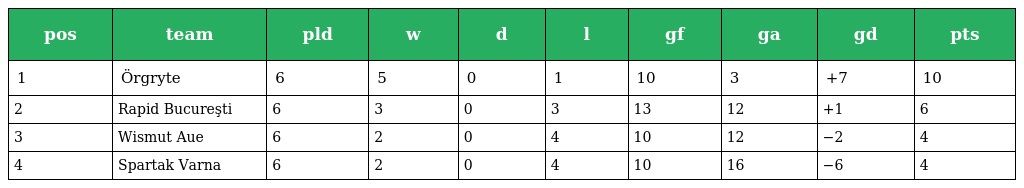
| pos | team | pld | w | d | l | gf | ga | gd | pts |
 | --- | --- | --- | --- | --- | --- | --- | --- | --- | --- |
 | 1 | Örgryte | 6 | 5 | 0 | 1 | 10 | 3 | +7 | 10 |
 | 2 | Rapid Bucureşti | 6 | 3 | 0 | 3 | 13 | 12 | +1 | 6 |
 | 3 | Wismut Aue | 6 | 2 | 0 | 4 | 10 | 12 | −2 | 4 |
 | 4 | Spartak Varna | 6 | 2 | 0 | 4 | 10 | 16 | −6 | 4 |